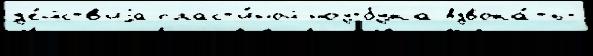
д'е́йств'иjа пласт'и́ной ноутбука Адвока́ты